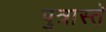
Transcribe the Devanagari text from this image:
पुत्रास्ते